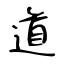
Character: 道